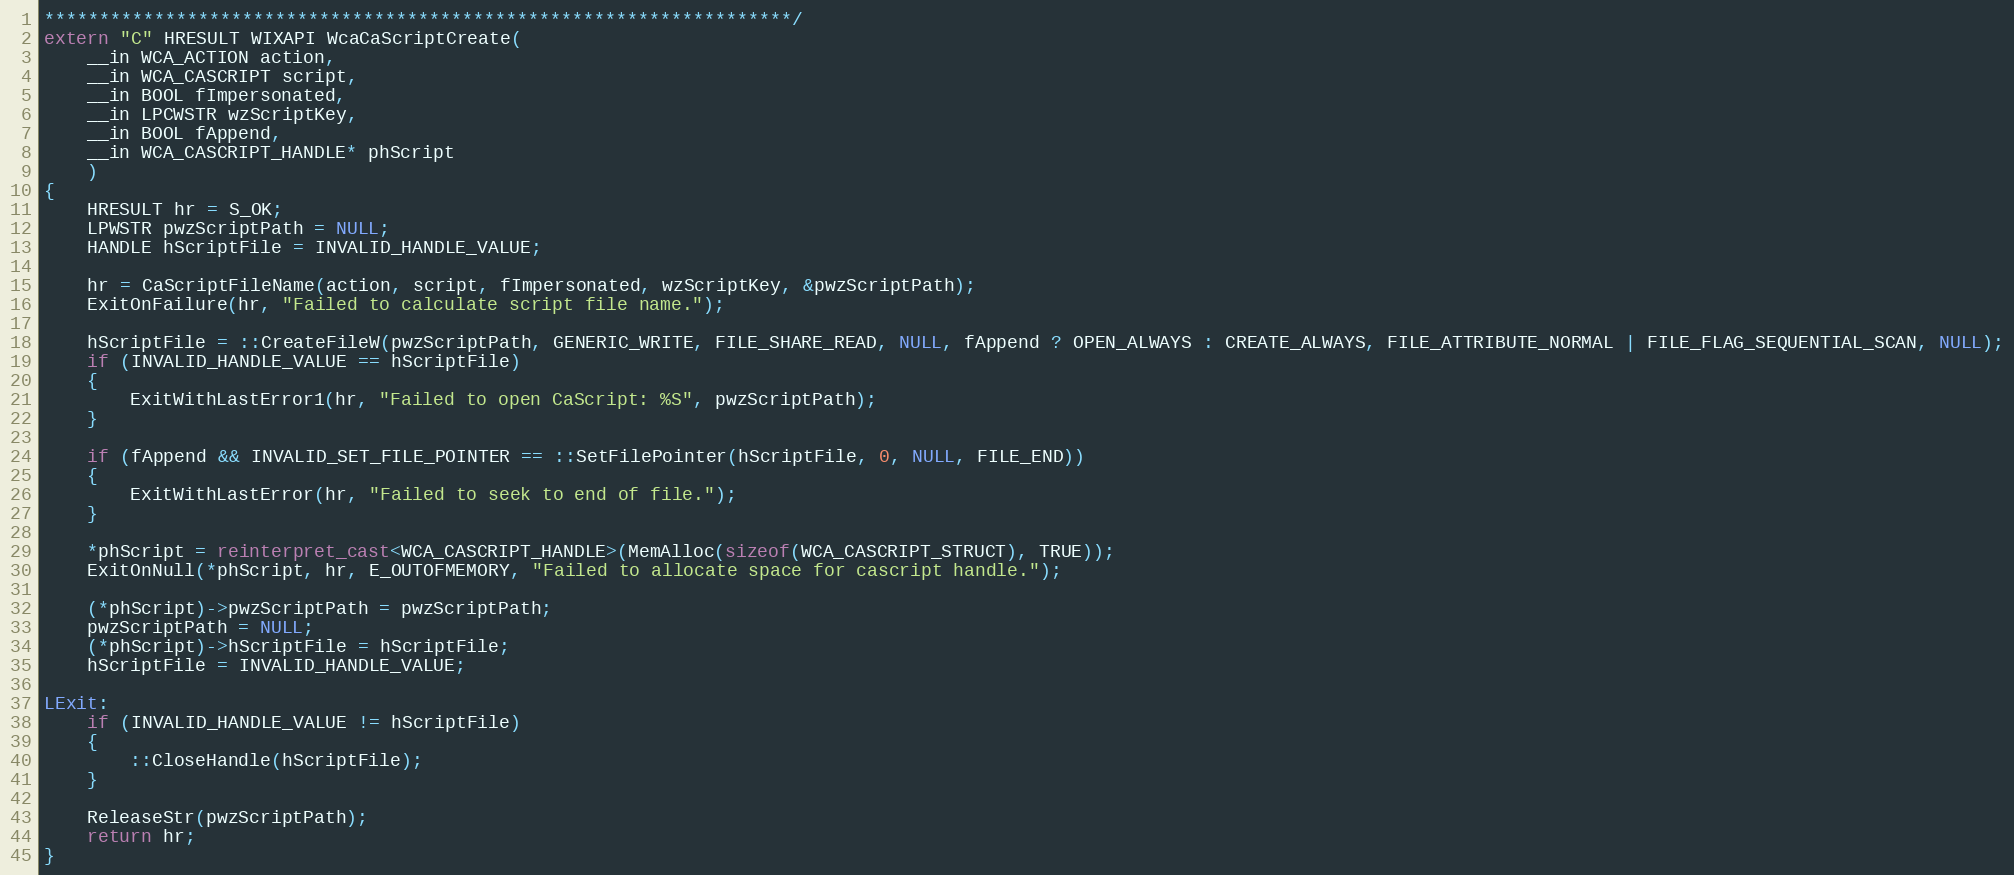
Language: C++
********************************************************************/
extern "C" HRESULT WIXAPI WcaCaScriptCreate(
    __in WCA_ACTION action,
    __in WCA_CASCRIPT script,
    __in BOOL fImpersonated,
    __in LPCWSTR wzScriptKey,
    __in BOOL fAppend,
    __in WCA_CASCRIPT_HANDLE* phScript
    )
{
    HRESULT hr = S_OK;
    LPWSTR pwzScriptPath = NULL;
    HANDLE hScriptFile = INVALID_HANDLE_VALUE;

    hr = CaScriptFileName(action, script, fImpersonated, wzScriptKey, &pwzScriptPath);
    ExitOnFailure(hr, "Failed to calculate script file name.");

    hScriptFile = ::CreateFileW(pwzScriptPath, GENERIC_WRITE, FILE_SHARE_READ, NULL, fAppend ? OPEN_ALWAYS : CREATE_ALWAYS, FILE_ATTRIBUTE_NORMAL | FILE_FLAG_SEQUENTIAL_SCAN, NULL);
    if (INVALID_HANDLE_VALUE == hScriptFile)
    {
        ExitWithLastError1(hr, "Failed to open CaScript: %S", pwzScriptPath);
    }

    if (fAppend && INVALID_SET_FILE_POINTER == ::SetFilePointer(hScriptFile, 0, NULL, FILE_END))
    {
        ExitWithLastError(hr, "Failed to seek to end of file.");
    }

    *phScript = reinterpret_cast<WCA_CASCRIPT_HANDLE>(MemAlloc(sizeof(WCA_CASCRIPT_STRUCT), TRUE));
    ExitOnNull(*phScript, hr, E_OUTOFMEMORY, "Failed to allocate space for cascript handle.");

    (*phScript)->pwzScriptPath = pwzScriptPath;
    pwzScriptPath = NULL;
    (*phScript)->hScriptFile = hScriptFile;
    hScriptFile = INVALID_HANDLE_VALUE;

LExit:
    if (INVALID_HANDLE_VALUE != hScriptFile)
    {
        ::CloseHandle(hScriptFile);
    }

    ReleaseStr(pwzScriptPath);
    return hr;
}